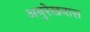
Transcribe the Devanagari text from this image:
अनुरेखनास